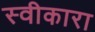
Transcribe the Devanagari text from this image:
स्‍वीकारा